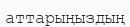
аттарыңыздың